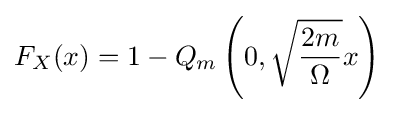
F_{X}(x)=1-Q_{m}\left(0,{\sqrt {\frac {2m}{\Omega }}}x\right)